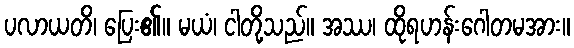
ပလာယတိ၊ ပြေး၏။ မယံ၊ ငါတို့သည်။ အဿ၊ ထိုရဟန်းဂေါတမအား။